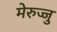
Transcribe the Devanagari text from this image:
मेरुज्जु